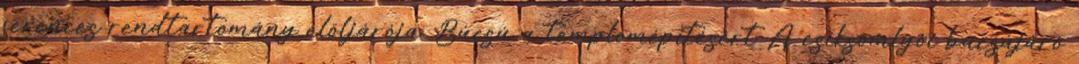
ferences rendtartomány elöljárója. Búcsú a templomépítésért A csíksomlyói búcsújáró